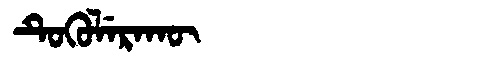
Manchu: ᡨᡠᡴᡠᠯᡝᡵᠠᡴᡡ
Romanization: TUKULERAKŪ